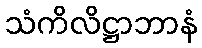
သံကိလိဋ္ဌာဘာနံ